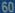
60